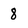
Character: 8